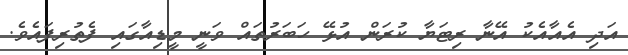
އަދި އެއާއެކު އޭނާ ރިޓަޔާ ކުރަން އުޅޭ ހަބަރުތައް ވަނީ މީޑިއާގައި ފެތުރިފައެވެ.